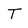
Character: T